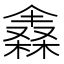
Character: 𣜈